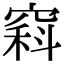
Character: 𥧇